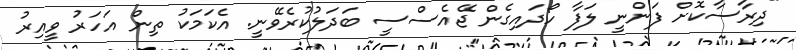
"ދިރާސާކޮށް ފަންނީ ލަފާ ހޯދައިގެން ޖޭއެސްސީ ބަދަލުކުރެވޭނީ. އެކަމަކު ތިން އަހަރު ވީއިރު